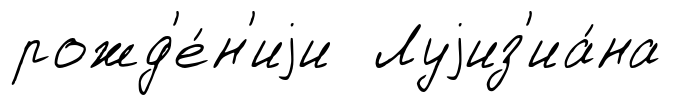
рожд'е́н'иjи Луjиз'иа́на